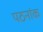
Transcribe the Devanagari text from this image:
पठनांक